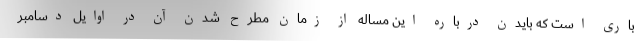
باری است که بایدن درباره این مساله از زمان مطرح شدن آن در اوایل دسامبر